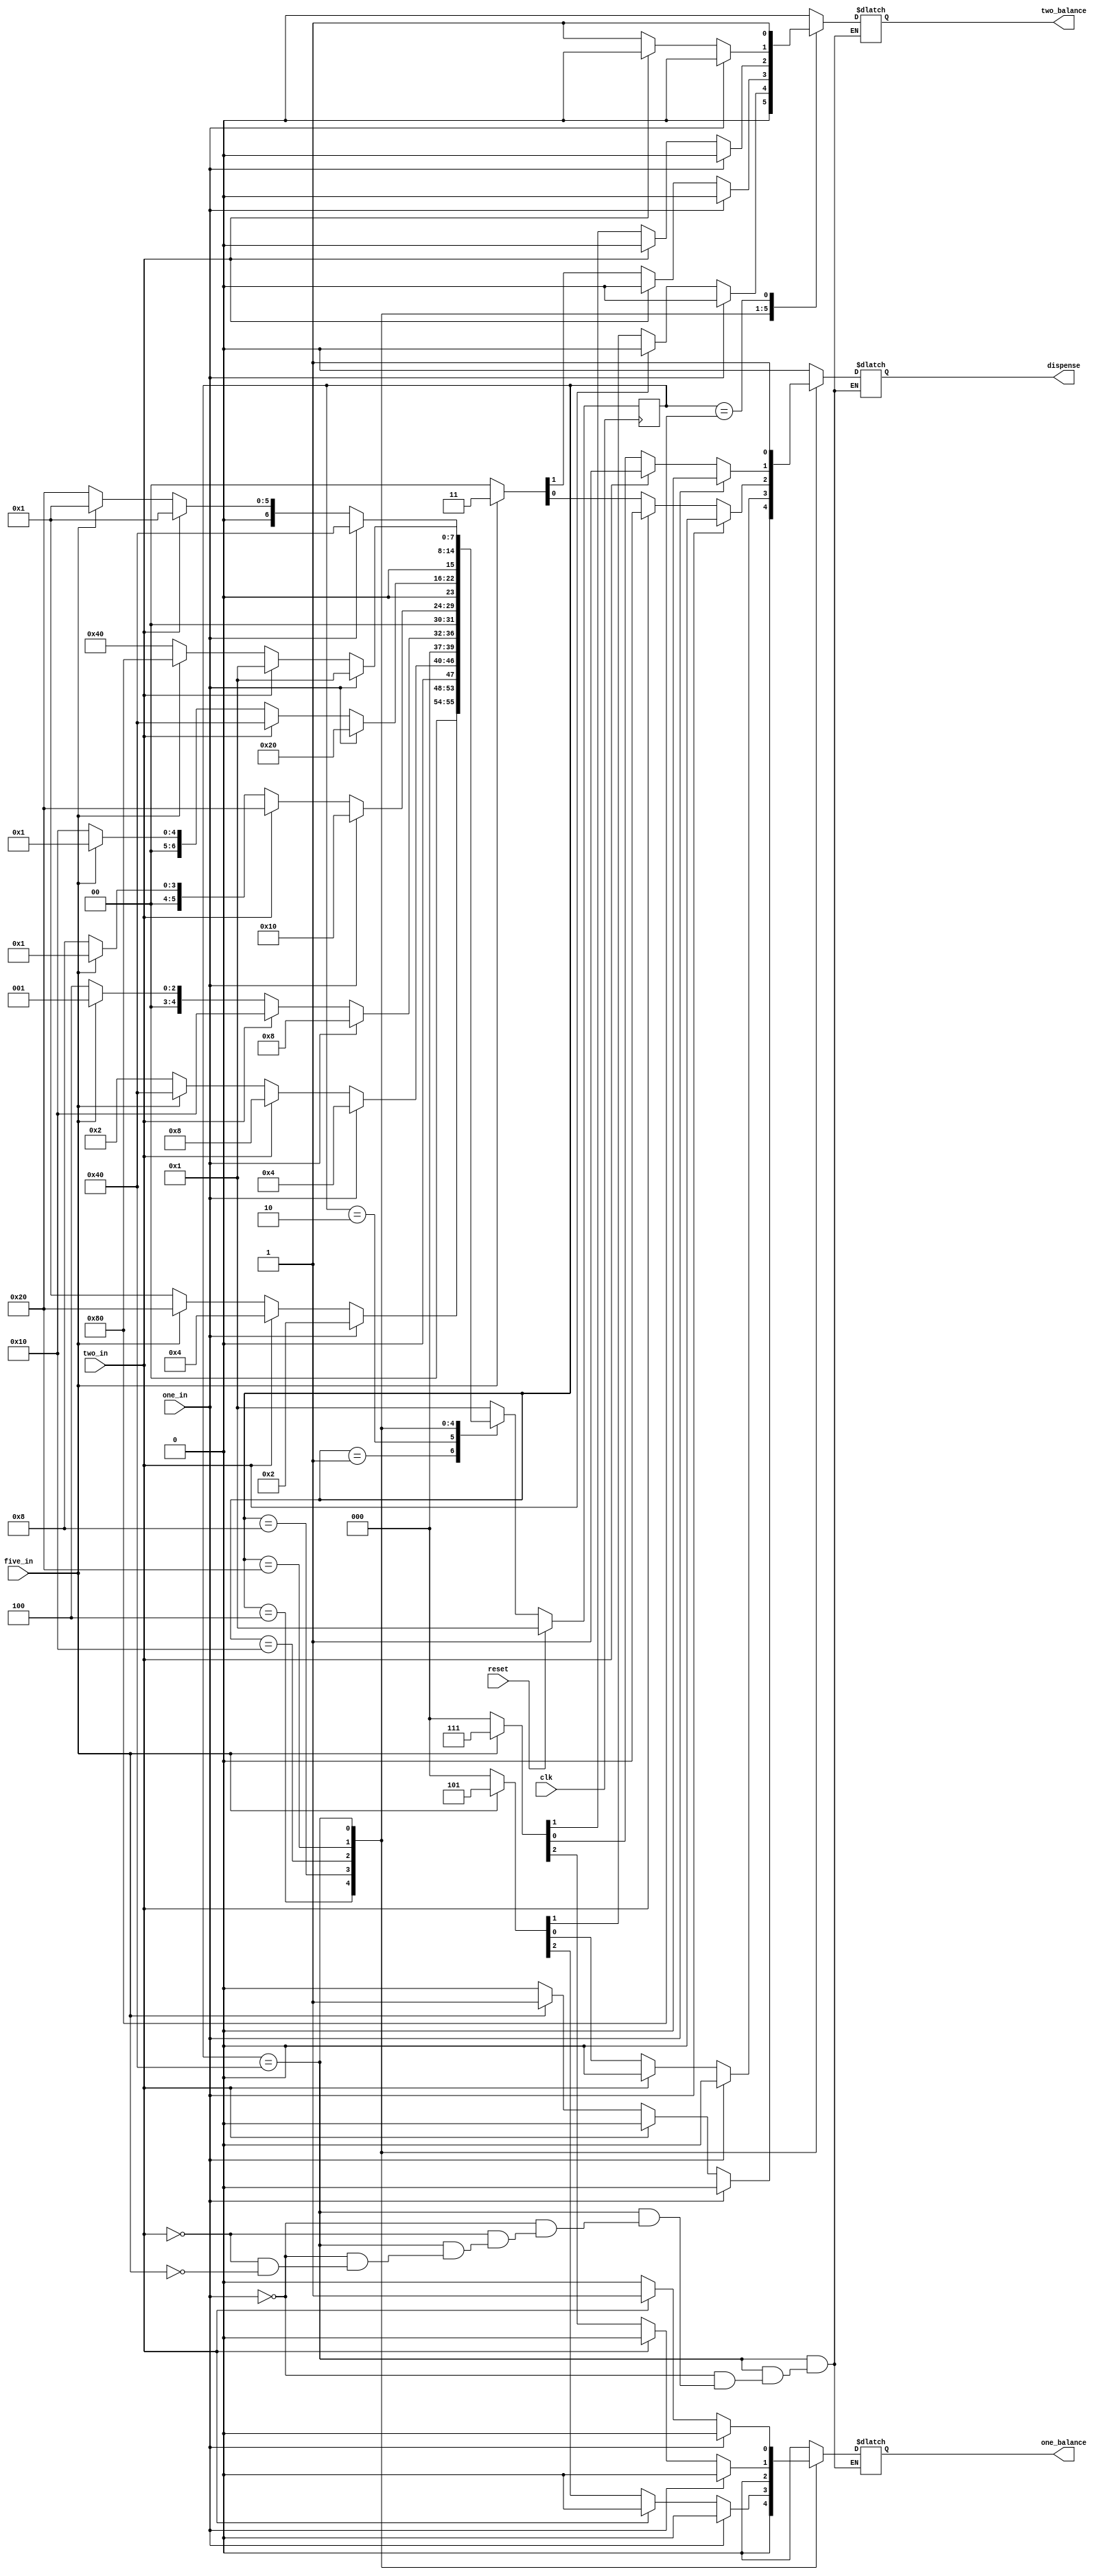
//Digital Electronics Lab Project
//Submitted to: Dr. Sheeba Rani J, Assosiate Professor, IIST
//Submitted by: Neha Binny (Sc19B090), Nirbhay Tyagi (SC19B091)

// Verilog Code - Vending Machine Controller
module vending_machine(one_in,two_in,five_in,clk,reset,one_balance,two_balance,dispense);//Module Declaration for vending Machine Controller
//State Assignment
parameter S0=8'b0000_0001, S1=8'b0000_0010, S2=8'b0000_0100, S3=8'b0000_1000, S4=8'b0001_0000, S5 = 8'b0010_0000, S6 = 8'b0100_0000, S7 = 8'b1000_0000;
//
input one_in,  // Input rupee 1 coin
      two_in,  // Input rupee 2 coin
      five_in, // Input rupee 5 coin
      clk,     // Clock of frequency 100MHz
      reset;   // Reset Active High
output reg one_balance,   // Change of rupee 1 
           two_balance,   // Change of rupee 2
           dispense;      // Dispenses a mask
reg [7:0] current_state, next_state;
//Next State
always @(posedge clk) begin
    if(reset) 
    current_state <=S0;
    else
    current_state<=next_state;
end
//Finite State Machine
always @(one_in, two_in, five_in) begin

    case (current_state)
        S0: begin     // Reset State
          if(one_in==1) begin
            next_state=S1;
            {one_balance, two_balance, dispense} = 3'b000;
          end
          else if(two_in==1) begin
            next_state=S2;
            {one_balance, two_balance, dispense} = 3'b000;
          end
          else if(five_in==1) begin
            next_state=S5;
            {one_balance, two_balance, dispense} = 3'b000;
          end
          else begin
            next_state=S0;
            {one_balance, two_balance, dispense} = 3'b000;
          end
        end
        
        S1: begin     //Money Count is Rupee 1
          if(one_in==1) begin
            next_state=S2;
            {one_balance, two_balance, dispense} = 3'b000;
          end
          else if(two_in==1) begin
            next_state=S3;
            {one_balance, two_balance, dispense} = 3'b000;
          end
          else if(five_in==1) begin
            next_state=S6;
            {one_balance, two_balance, dispense} = 3'b000;
          end
          else begin
            next_state=S1;
            {one_balance, two_balance, dispense} = 3'b000;
          end
        end

        S2: begin     //Money Count is Rupee 2
          if(one_in==1) begin
            next_state=S3;
            {one_balance, two_balance, dispense} = 3'b000;
          end
          else if(two_in==1) begin
            next_state=S4;
            {one_balance, two_balance, dispense} = 3'b000;
          end
          else if(five_in==1) begin
            next_state=S0;
            {one_balance, two_balance, dispense} = 3'b001;    //Dispenses a mask and No change
          end
          else begin
            next_state=S2;
            {one_balance, two_balance, dispense} = 3'b000;
          end
        end

        S3: begin     //Money Count is Rupee 3
          if(one_in==1) begin
            next_state=S4;
            {one_balance, two_balance, dispense} = 3'b000;
          end
          else if(two_in==1) begin
            next_state=S5;
            {one_balance, two_balance, dispense} = 3'b000;
          end
          else if(five_in==1) begin
            next_state=S0;
            {one_balance, two_balance, dispense} = 3'b101;    //Dispenses a mask and 1 Rupee change
          end
          else begin
            next_state=S3;
            {one_balance, two_balance, dispense} = 3'b000;
          end
        end

        S4: begin     //Money Count is Rupee 4
          if(one_in==1) begin
            next_state=S5;
            {one_balance, two_balance, dispense} = 3'b000;
          end
          else if(two_in==1) begin
            next_state=S6;
            {one_balance, two_balance, dispense} = 3'b000;
          end
          else if(five_in==1) begin
            next_state=S0;
            {one_balance, two_balance, dispense} = 3'b011;    //Dispenses a mask and 2 rupee change
          end
          else begin
            next_state=S4;
            {one_balance, two_balance, dispense} = 3'b000;
          end
        end      

        S5: begin     //Money Count is Rupee 5
          if(one_in==1) begin
            next_state=S6;
            {one_balance, two_balance, dispense} = 3'b000;
          end
          else if(two_in==1) begin
            next_state=S0;
            {one_balance, two_balance, dispense} = 3'b001;    //Dispenses a mask and No change
          end
          else if(five_in==1) begin
            next_state=S0;
            {one_balance, two_balance, dispense} = 3'b111;    //Dispenses a mask and a change of rupee 1 and rupee 2
          end
          else begin
            next_state=S5;
            {one_balance, two_balance, dispense} = 3'b000;
          end
        end 

        S6: begin     //Money Count is Rupee 6
          if(one_in==1) begin
            next_state=S0;
            {one_balance, two_balance, dispense} = 3'b001;    //Dispenses a mask and No change
          end
          else if(two_in==1) begin
            next_state=S0;
            {one_balance, two_balance, dispense} = 3'b101;    //Dispenses a mask anda change of rupee 1
          end
          else if(five_in==1) begin
            next_state=S7;
            {one_balance, two_balance, dispense} = 3'b011;    //Dispenses a mask and a change of rupee 2
          end
          else begin
            next_state=S6;
          end
        end

        S7: begin     // Returns remaining change of rupee 2 for a total of rupee 11 
          next_state=S0;
          {one_balance, two_balance, dispense} = 3'b010;    //Dispenses no mask but a change of rupee 2
        end

        default: begin
          next_state=S0;
          {one_balance, two_balance, dispense} = 3'b000;
        end
    endcase
end
endmodule